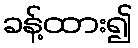
ခန့်ထား၍